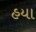
હયા